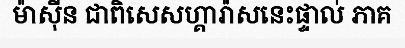
ម៉ាស៊ីន ជាពិសេសហ្គារ៉ាសនេះផ្ទាល់ ភាគ